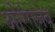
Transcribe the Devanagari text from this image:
औरंगजेव